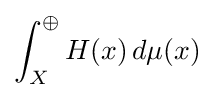
\int _{X}^{\oplus }H(x)\,d\mu (x)